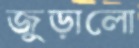
জুড়ালো